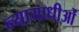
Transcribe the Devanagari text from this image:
न्यायाधीओं